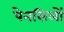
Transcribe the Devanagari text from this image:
पेनसिलों